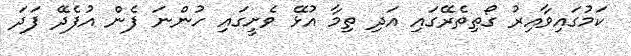
ކަމުގައިވާއިރު ގޯތިތެރޭގައި އަދި ތިމާ އުޅޭ ވެށީގައި ހުންނަ ފެން އުފެދޭ ފަދަ